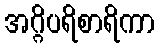
အဂ္ဂိပရိစာရိကာ